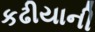
કઢીયાની